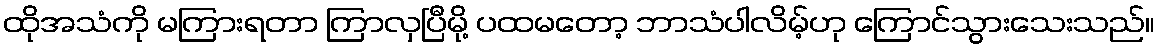
ထိုအသံကို မကြားရတာ ကြာလှပြီမို့ ပထမတော့ ဘာသံပါလိမ့်ဟု ကြောင်သွားသေးသည်။